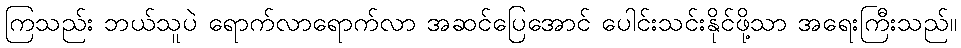
ကြသည်း ဘယ်သူပဲ ရောက်လာရောက်လာ အဆင်ပြေအောင် ပေါင်းသင်းနိုင်ဖို့သာ အရေးကြီးသည်။